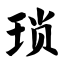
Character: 琐